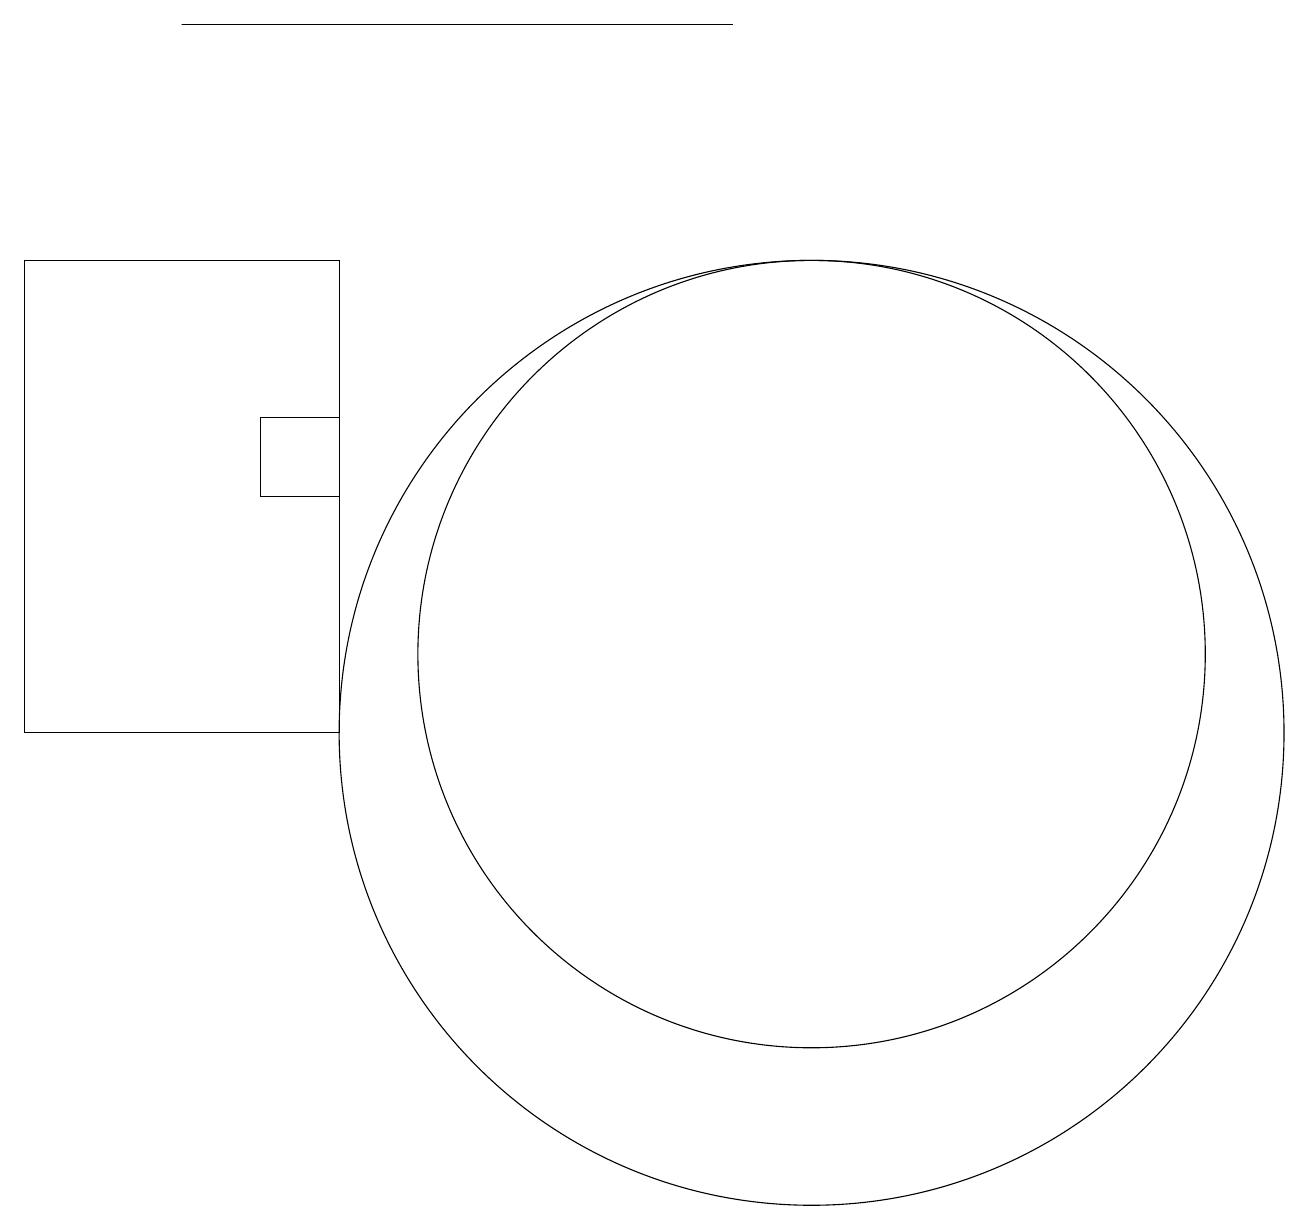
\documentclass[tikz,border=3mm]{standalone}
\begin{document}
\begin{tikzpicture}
\draw (0,10) rectangle (4,16);
\draw (10,10) circle (6);
\draw (9,19) rectangle (2,19);
\draw (3,13) rectangle (4,14);
\draw (10,11) circle (5);
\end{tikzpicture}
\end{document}